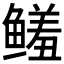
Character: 𱈌